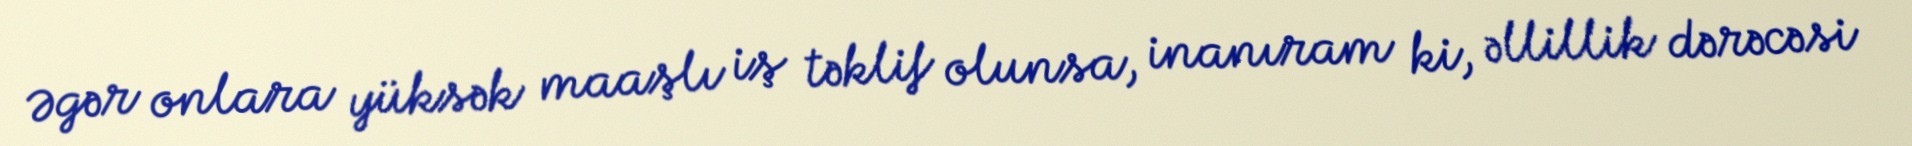
Əgər onlara yüksək maaşlı iş təklif olunsa, inanıram ki, əllillik dərəcəsi